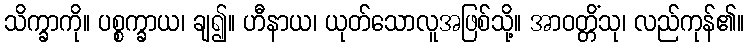
သိက္ခာကို။ ပစ္စက္ခာယ၊ ချ၍။ ဟီနာယ၊ ယုတ်သောလူအဖြစ်သို့။ အာဝတ္တိံသု၊ လည်ကုန်၏။